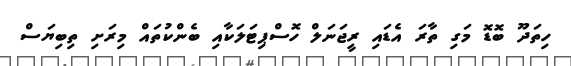
ހިތަދޫ ބޮޑޮ މަގި ތާރަ އެޑައި ރީޖަނަލް ހޮސްޕިޓަލަކާއި ބެންކުތައް މިރަށި ތިބިޔަސް